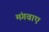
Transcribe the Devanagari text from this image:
मंगवाए